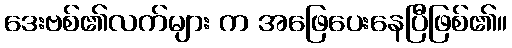
ဒေးဗစ်၏လက်များ က အဖြေပေးနေပြီဖြစ်၏။